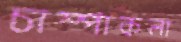
চাম্পাকলা